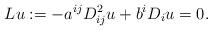
LaTeX: \begin{align*}Lu:=-a^{ij}D_{ij}^{2}u+b^{i}D_{i}u=0.\end{align*}